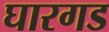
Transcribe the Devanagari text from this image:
घारगड